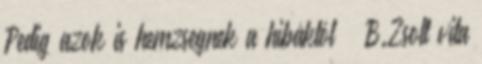
Pedig azok is hemzsegnek a hibáktól – B.Zsolt vita